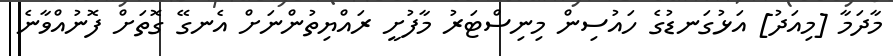
މާދަމާ [މިއަދު] އަޅުގަނޑުގެ ހައުސިން މިނިސްޓަރު މާފުށީ ރައްޔިތުންނަށް އެނގޭ ގޮތަށް ފޮނުއްވާނެ